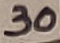
Text: 30